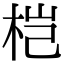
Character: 桤